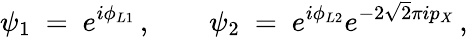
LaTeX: \psi_{1}\ =\ e^{i\phi_{L1}}\, ,\qquad\psi_{2}\ =\ e^{i\phi_{L2}}e^{-2\sqrt{2}\pi ip_{X}}\, ,